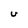
Character: U